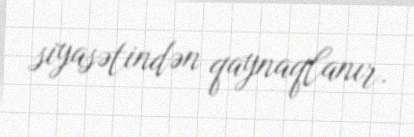
siyasətindən qaynaqlanır.